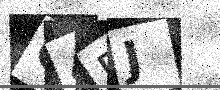
Text: O4FJ